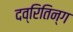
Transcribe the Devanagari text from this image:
दव्रितिन्ग